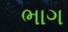
ભાગ